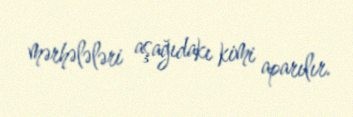
mərhələləri aşağıdakı kimi aparılır.